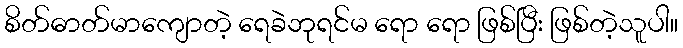
စိတ်ဓာတ်မာကျောတဲ့ ရေခဲဘုရင်မ ရော ရော ဖြစ်ပြီး ဖြစ်တဲ့သူပါ။